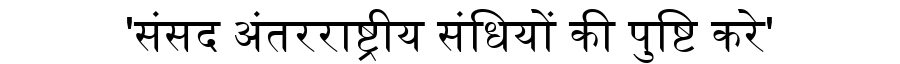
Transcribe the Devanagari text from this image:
'संसद अंतरराष्ट्रीय संधियों की पुष्टि करे'